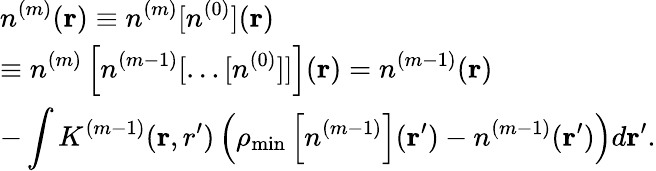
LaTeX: \begin{array}{l}{{\displaystyle n^{(m)}({\mathbf r})\equiv n^{(m)}[n^{(0)}]({\mathbf r})}\ ~}\\ {{\displaystyle\equiv n^{(m)}\left[n^{(m-1)}[\ldots[n^{(0)}]]\right]({\mathbf r})=n^{(m-1)}({\mathbf r})}\ ~}\\ {{\displaystyle-\int K^{(m-1)}({\mathbf r,r^{\prime}})\left(\rho_{\mathrm{min}}\left[n^{(m-1)}\right]({\mathbf r^{\prime}})-n^{(m-1)}({\mathbf r^{\prime}})\right)d{\mathbf r^{\prime}}}.}\end{array}